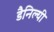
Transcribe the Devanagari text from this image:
डैनिल्यी